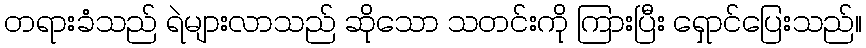
တရားခံသည် ရဲများလာသည် ဆိုသော သတင်းကို ကြားပြီး ရှောင်ပြေးသည်။